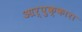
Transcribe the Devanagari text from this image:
आर्पुक्कारा